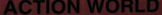
ACTION WORLD